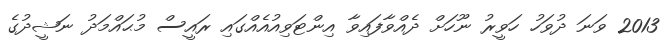
2013 ވަނަ ދުވަހު ހަވީރު ނޫހަށް ދެއްވާފައިވާ އިންޓަވިއުއެއްގައި ރައީސް މުޙައްމަދު ނަޝީދުގެ